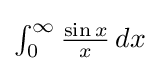
{\textstyle \int _{0}^{\infty }{\frac {\sin x}{x}}\,dx}